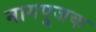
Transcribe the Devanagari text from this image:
नागपूजक